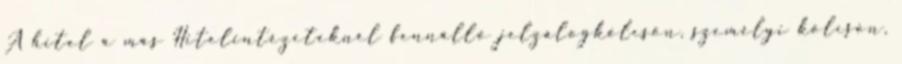
A hitel a más Hitelintézeteknél fennálló jelzálogkölcsön, személyi kölcsön,